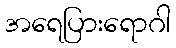
အရေပြားရောဂါ